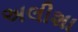
અલીશા